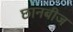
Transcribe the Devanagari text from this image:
छानबीज